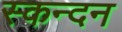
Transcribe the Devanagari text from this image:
स्कन्दन